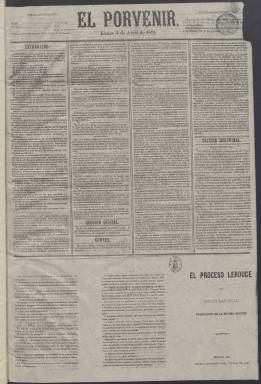
Título: El Porvenir (Madrid. 1871)
Colección: Periódicos
Ámbito geográfico: Madrid
Lugar de publicación: Madrid
Fechas: 03/04/1871-05/06/1871